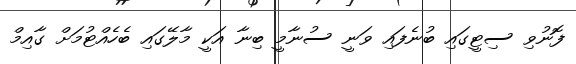
ފޮނުވި ސިޓީގައި ބުނެފައި ވަނީ ސުނާމީ ބިނާ އަކީ މާލޭގައި ބެހެއްޓުމަށް ގާއިމް